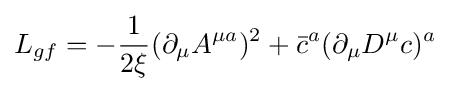
L_{gf}=-{\frac {1}{2\xi }}(\partial _{\mu }A^{\mu a})^{2}+{\bar {c}}^{a}(\partial _{\mu }D^{\mu }c)^{a}